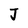
Character: J